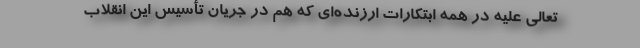
تعالی علیه در همه ابتکارات ارزنده‌ای که هم در جریان تأسیس این انقلاب